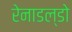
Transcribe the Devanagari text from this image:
रेनाडल्डो